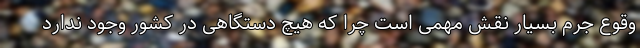
وقوع جرم بسیار نقش مهمی است چرا که هیچ دستگاهی در کشور وجود ندارد